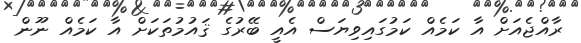
ރާއްޖެއަށް އާ ކަމެއް ކަމުގައިވިޔަސް އެއީ ބޭރުގެ ޤައުމުތަކަށް އާ ކަމެއް ނޫން